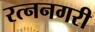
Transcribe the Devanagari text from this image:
रत्ननगरी